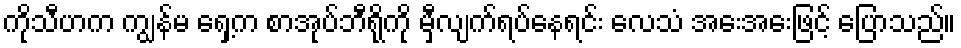
ကိုသီဟက ကျွန်မ ရှေ့က စာအုပ်ဘီရိုကို မှီလျက်ရပ်နေရင်း လေသံ အေးအေးဖြင့် ပြောသည်။